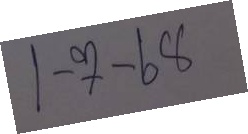
1-7-68